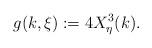
LaTeX: \begin{align*} &g(k,\xi):=4X^3_\eta(k).\end{align*}